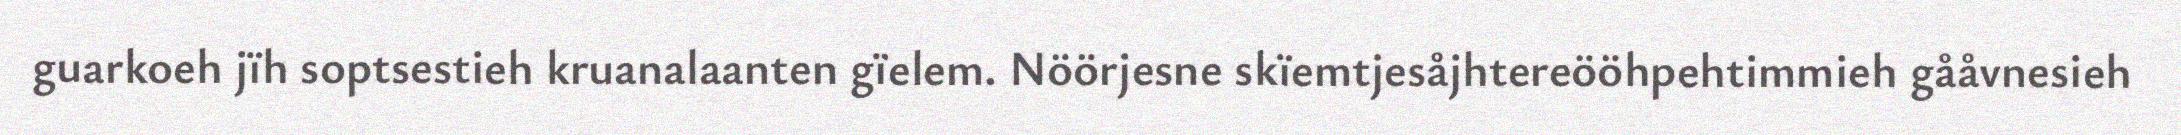
guarkoeh jïh soptsestieh kruanalaanten gïelem. Nöörjesne skïemtjesåjhtereööhpehtimmieh gååvnesieh